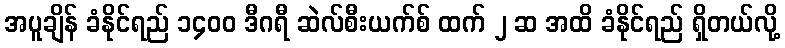
အပူချိန် ခံနိုင်ရည် ၁၄၀၀ ဒီဂရီ ဆဲလ်စီးယက်စ် ထက် ၂ ဆ အထိ ခံနိုင်ရည် ရှိတယ်လို့